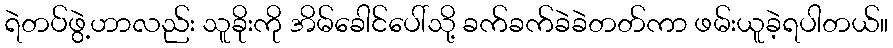
ရဲတပ်ဖွဲ့ဟာလည်း သူခိုးကို အိမ်ခေါင်ပေါ်သို့ ခက်ခက်ခဲခဲတတ်ကာ ဖမ်းယူခဲ့ရပါတယ်။